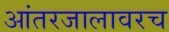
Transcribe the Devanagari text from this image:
आंतरजालावरच